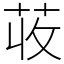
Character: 荍